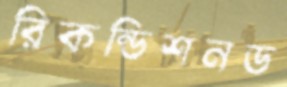
রিকন্ডিশনড